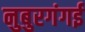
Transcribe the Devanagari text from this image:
नुबुरगंगई